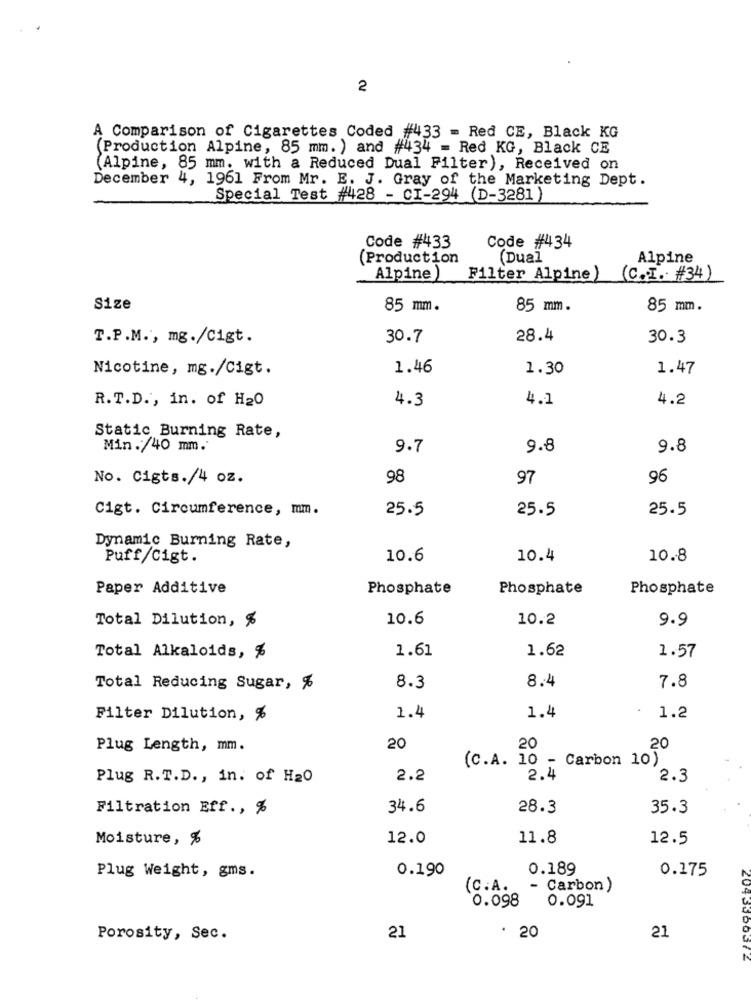
2
A Comparison of Cigarettes Coded #433 = Red CE, Black KG
(Production Alpine, 85 mm. ) and #434 = Red KG, Black CE
(Alpine, 85 mm. with a Reduced Dual Filter), Received on
December 4, 1961 From Mr. E. J. Gray of the Marketing Dept.
Special Test #428 - CI-294 (D-3281)
Code #433
Code #434
(Production
(Duaï
Alpine
Alpine)
Filter Alpine)
(C .. I. #34)
Size
85 mm.
85 mm .
85 mm.
T.P.M ., mg./Cigt.
30.7
28.4
30.3
Nicotine, mg./Cigt.
1.46
1.30
1.47
R. T.D ., in. of H20
4.3
4.1
4.2
Static Burning Rate,
Min./40 mm.
9.7
9.8
9.8
No. Cigts./4 oz.
98
97
96
Cigt. Circumference, mm.
25.5
25.5
25.5
Dynamic Burning Rate,
Puff/Cigt.
10.6
10.4
10.8
Paper Additive
Phosphate
Phosphate
Phosphate
Total Dilution, %
10.6
10.2
9.9
1.61
1.62
Total Alkaloids, %
1.57
8.4
7.8
Total Reducing Sugar, %
8.3
Filter Dilution, %
1.4
1.4
1.2
Plug Length, mm.
20
20
20
Carbon 10)
(C.A. 10 -
Plug R.T.D ., in. of H20
2.2
2.4
2.3
Filtration Eff ., %
34.6
28.3
35.3
Moisture, %
12.0
11.8
12.5
0.190
0.189
0.175
Plug Weight, gms.
(C.A.
- Carbon )
0.091
0.098
Porosity, Sec.
21
· 20
21
2043300372